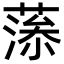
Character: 𦸼